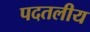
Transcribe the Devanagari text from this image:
पदतलीय